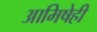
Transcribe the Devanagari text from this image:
आमिषेही